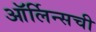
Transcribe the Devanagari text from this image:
ऑर्लिन्सची